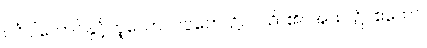
ဝင်္ဂပါတောင်နှင့်တူသော။ ပပ္ပတေ၊ ၌။ ဝသိ၊ ၏။ အထ၊ ၌။ ဧကော၊